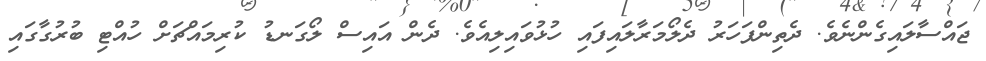
ޖައްސާލައިގެންނެވެ. ދެތިންފަހަރު ދެލޯމަރާލައިފައި ހުޅުވައިލިއެވެ. ދެން އައިސް ލޯގަނޑު ކުރިމައްޗަށް ހުއްޓި ބުރުގާގައި